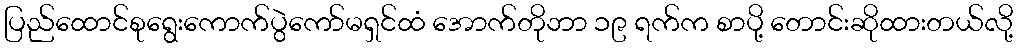
ပြည်ထောင်စုရွေးကောက်ပွဲကော်မရှင်ထံ အောက်တိုဘာ ၁၉ ရက်က စာပို့ တောင်းဆိုထားတယ်လို့